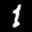
Label: 1